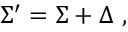
\Sigma ^ { \prime } = \Sigma + \Delta \ ,